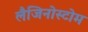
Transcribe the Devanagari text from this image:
लैजिनोस्टोम